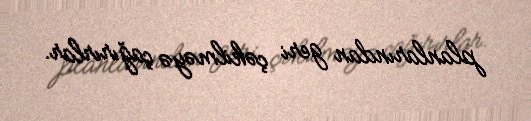
planlarından geri çəkilməyə çağırırlar.